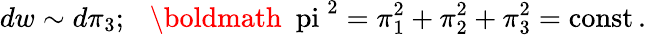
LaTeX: dw\sim d\pi_{3};\ \ \ \mathrm{{\boldmath~\ pi~}}^{2}=\pi_{1}^{2}+\pi_{2}^{2}+\pi_{3}^{2}=\mathrm{const}\, .